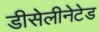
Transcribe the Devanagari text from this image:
डीसेलीनेटेड